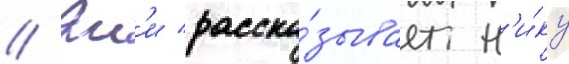
// Эм'и расска́зывает н'и́ку